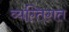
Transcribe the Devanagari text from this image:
व्यग्तिगत